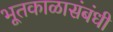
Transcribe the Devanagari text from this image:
भूतकाळासंबंधी